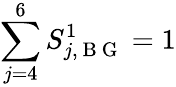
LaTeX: \sum_{j=4}^{6}S_{j,\mathrm{~B~G~}}^{1}=1